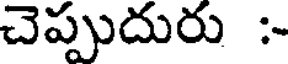
చెప్పుదురు :-